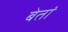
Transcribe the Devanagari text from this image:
बेतां